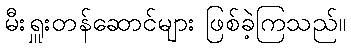
မီးရှူးတန်ဆောင်များ ဖြစ်ခဲ့ကြသည်။